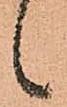
候